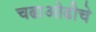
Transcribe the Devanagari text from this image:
चढाओढीचे